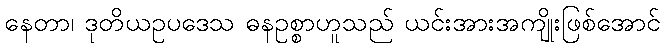
နေတာ၊ ဒုတိယဥပဒေသ ဓနဥစ္စာဟူသည် ယင်းအားအကျိုးဖြစ်အောင်